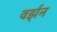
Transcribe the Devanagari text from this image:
वर्झ़न